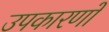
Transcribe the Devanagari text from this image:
उपकारणों